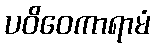
ပဝိဝေကာရာမံ